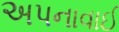
અપનાવાઈ